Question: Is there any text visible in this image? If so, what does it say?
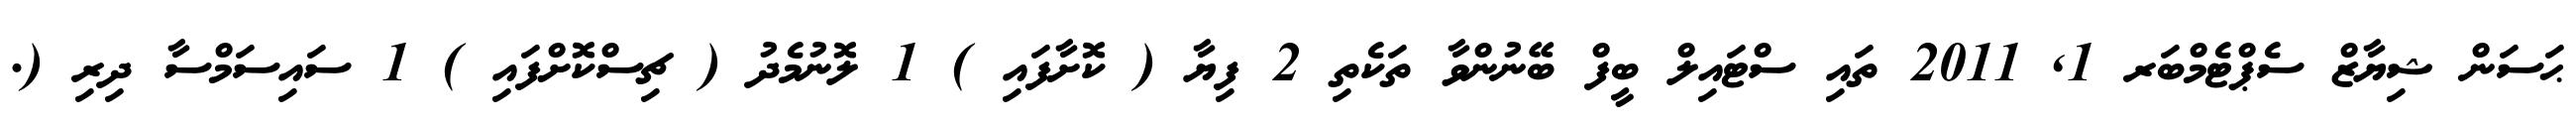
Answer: ޙަސަން ޝިޔާޒް ސެޕްޓެމްބަރ 1, 2011 ތައި ސްޓައިލް ބީފް ބޭނުންވާ ތަކެތި 2 ފިޔާ ( ކޮށާފައި ) 1 ލޮނުމެދު ( ޗިސްކޮށްފައި ) 1 ސައިސަމްސާ ދިރި (.